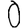
Digit: 0